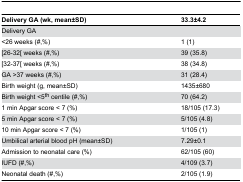
<table><thead><tr><td><b>Delivery GA (wk, mean±SD)</b></td><td><b>33.3±4.2</b></td></tr></thead><tbody><tr><td>Delivery GA </td><td></td></tr><tr><td>&lt;26 weeks (#,%)</td><td>1 (1)</td></tr><tr><td>[26-32[ weeks (#,%)</td><td>39 (35.8)</td></tr><tr><td>[32-37[ weeks (#,%)</td><td>38 (34.8)</td></tr><tr><td>GA &gt;37 weeks (#,%)</td><td>31 (28.4)</td></tr><tr><td>Birth weight (g, mean±SD)</td><td>1435±680</td></tr><tr><td>Birth weight &lt;5<sup>th</sup> centile (#,%)</td><td>70 (64.2)</td></tr><tr><td>1 min Apgar score &lt; 7 (%)</td><td>18/105 (17.3)</td></tr><tr><td>5 min Apgar score &lt; 7 (%)</td><td>5/105 (4.8)</td></tr><tr><td>10 min Apgar score &lt; 7 (%)</td><td>1/105 (1)</td></tr><tr><td>Umbilical arterial blood pH (mean±SD)</td><td>7.29±0.1</td></tr><tr><td>Admission to neonatal care (%)</td><td>62/105 (60)</td></tr><tr><td>IUFD (#,%)</td><td>4/109 (3.7)</td></tr><tr><td>Neonatal death (#,%)</td><td>2/105 (1.9)</td></tr></tbody></table>